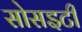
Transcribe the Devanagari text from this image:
सोसइटी